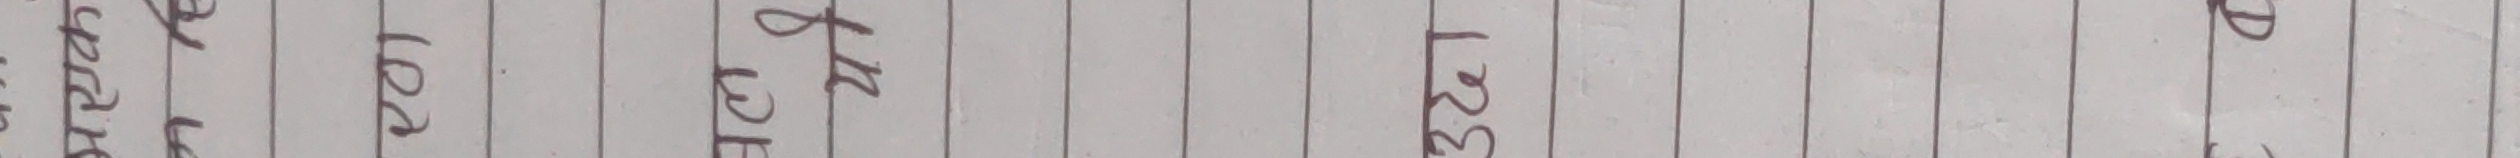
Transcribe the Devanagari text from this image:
१११
१२१
१३१
१४१
१५१